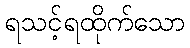
ရသင့်ရထိုက်သော